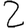
Digit: 2